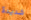
شديدة